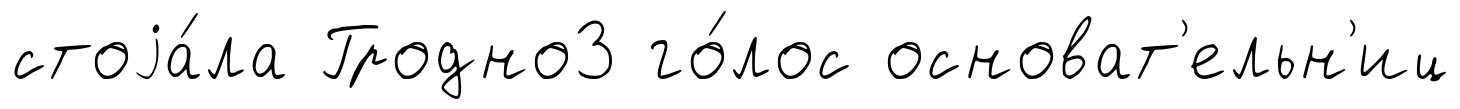
стоjа́ла Гродно3 го́лос основат'ельн'иц